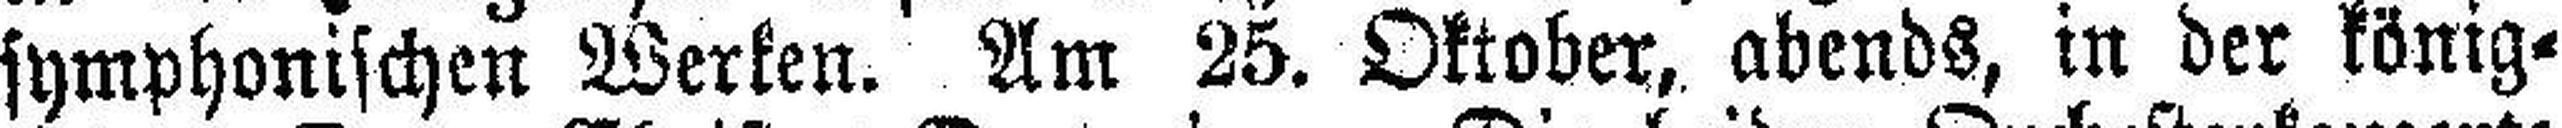
symphonischen Werken. Am 25. Oktober, abends, in der könig¬